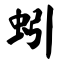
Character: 蚓